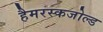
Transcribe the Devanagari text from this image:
हैमरस्कजोल्‍ड